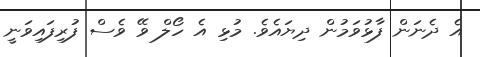
އެ ދެނަން ފާޅުވަމުން ދިޔައެވެ. މުޅި އެ ހޯލް ވޭ ވެސް ފުރިފައިވަނީ